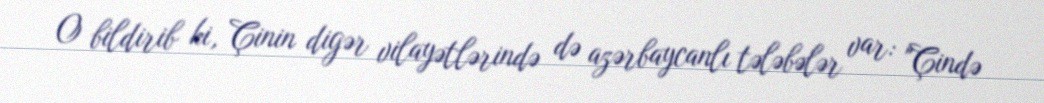
O bildirib ki, Çinin digər vilayətlərində də azərbaycanlı tələbələr var: "Çində